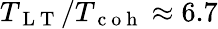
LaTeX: T_{\mathrm{~L~T~}}/T_{\mathrm{~c~o~h~}}\approx 6.7